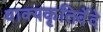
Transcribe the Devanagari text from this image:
वाक्यकृतिर्वेदे